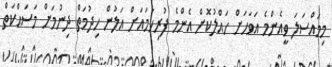
މިމައްސަލަ ވީއެންމެ އަވަހަށް ހައްލުކޮށް އެންމެ ފުރިހަމައަށް އަލުން ހިދުމަތް ދިނުމަށް މަސައްކަތް